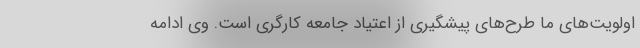
اولویت‌های ما طرح‌های پیشگیری از اعتیاد جامعه کارگری است. وی ادامه